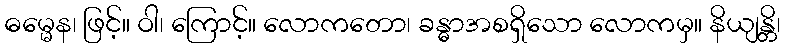
ဓမ္မေန၊ ဖြင့်။ ဝါ၊ ကြောင့်။ လောကတော၊ ခန္ဓာအစရှိသော လောကမှ။ နိယျန္တိ၊